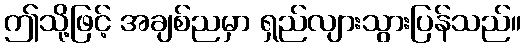
ဤသို့ဖြင့် အချစ်ညမှာ ရှည်လျားသွားပြန်သည်။